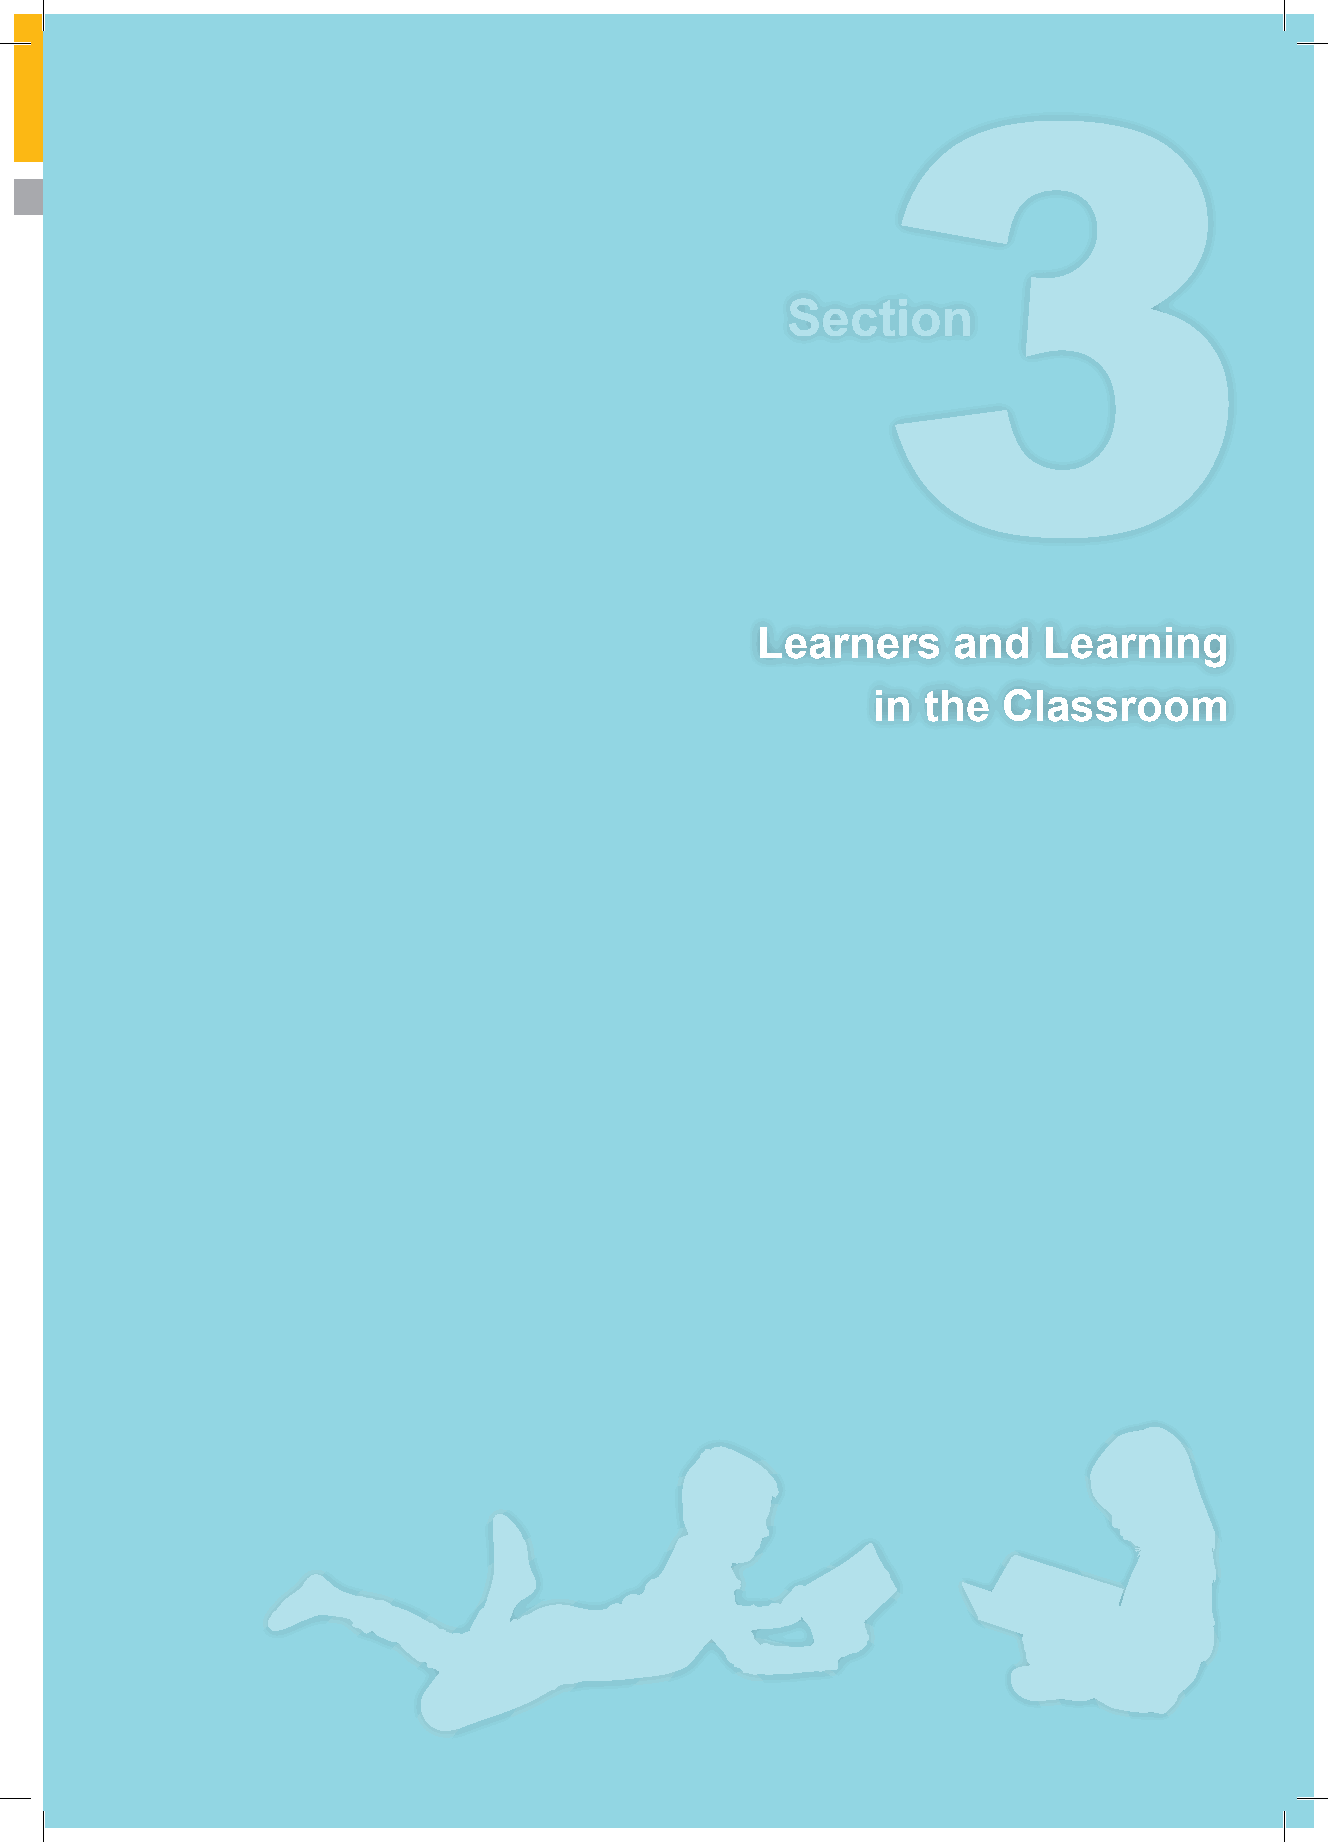
Section
 Learners     and   Learning
 in the  Classroom
 26 Shape Paper - A Catholic Perspective on Relationships and Sexuality Education - Australian Curriculum: Health and Physical Education 27